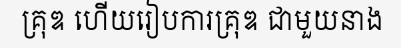
គ្រុឌ ហើយរៀបការគ្រុឌ ជាមួយនាង